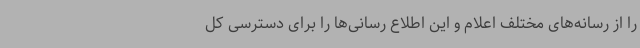
را از رسانه‌های مختلف اعلام و این اطلاع رسانی‌ها را برای دسترسی کل